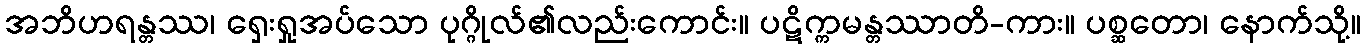
အဘိဟရန္တဿ၊ ရှေးရှုအပ်သော ပုဂ္ဂိုလ်၏လည်းကောင်း။ ပဋိက္ကမန္တဿာတိ-ကား။ ပစ္ဆတော၊ နောက်သို့။